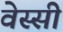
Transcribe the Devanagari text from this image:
वेस्सी